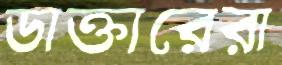
ডাক্তারেরা